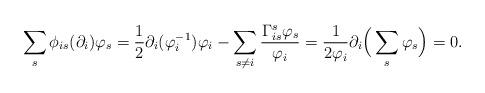
LaTeX: \begin{align*} \sum_s\phi_{is}(\partial_i)\varphi_s&=\frac{1}{2}\partial_i(\varphi^{-1}_i)\varphi_i-\sum_{s\neq i}\frac{\Gamma_{is}^s\varphi_s}{\varphi_i}=\frac{1}{2\varphi_i}\partial_i\Big(\sum_s\varphi_s\Big)=0. \end{align*}